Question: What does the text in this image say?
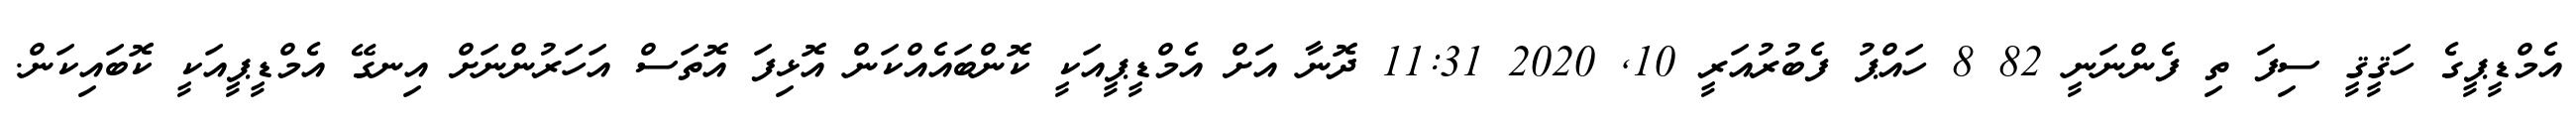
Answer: އެމްޑީޕީގެ ހަޤީޤީ ސިފަ ތި ފެންނަނީ 82 8 ހައްޕު ފެބުރުއަރީ 10, 2020 11:31 ދޮނާ އަށް އެމްޑީޕީއަކީ ކޮންބައެއްކަން އޮޅިފަ އޮތަސް އަހަރުންނަށް އިނގޭ އެމްޑީޕީއަކީ ކޮބައިކަން.